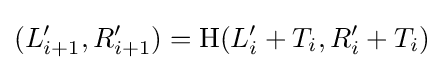
(L_{i+1}',R_{i+1}')=\mathrm {H} (L_{i}'+T_{i},R_{i}'+T_{i})